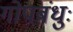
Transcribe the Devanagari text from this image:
गोपबंधुः